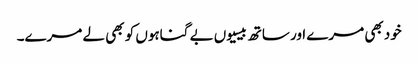
خود بھی مرے اور ساتھ بیسیوں بے گناہوں کو بھی لے مرے۔